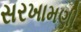
સરખામણી